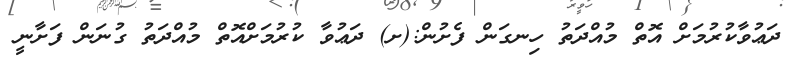
ދަޢުވާކުރުމަށް އޮތް މުއްދަތު ހިނގަން ފެށުން:(ށ) ދަޢުވާ ކުރުމަށްއޮތް މުއްދަތު ގުނަން ފަށާނީ